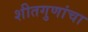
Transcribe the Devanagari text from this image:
शीतगुणांचा